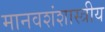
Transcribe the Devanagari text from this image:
मानवशंशास्त्रीय